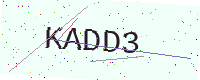
Text: KADD3